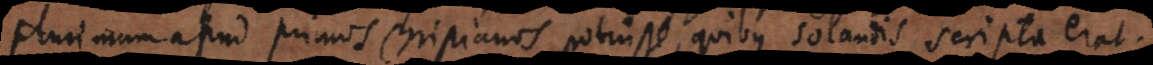
plurimum apud primos Christianos potuisse, quibus solandis scripta erat.